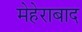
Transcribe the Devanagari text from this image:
मेहेराबाद